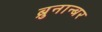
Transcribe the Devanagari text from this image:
ब्रुनान्बर